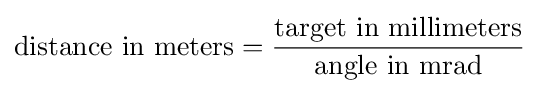
{\text{distance in meters}}={\frac {\text{target in millimeters}}{\text{angle in mrad}}}